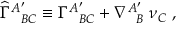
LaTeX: { \widehat \Gamma } _ { \; \; \; B C } ^ { A ^ { \prime } } \equiv \Gamma _ { \; \; \; B C } ^ { A ^ { \prime } } + \nabla _ { \; \; \; B } ^ { A ^ { \prime } } \; \nu _ { C } \; ,